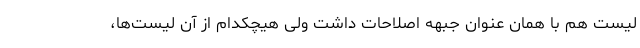
لیست هم با همان عنوان جبهه اصلاحات داشت ولی هیچکدام از آن لیست‌ها،